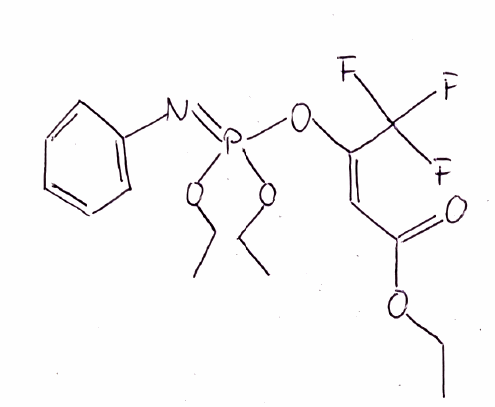
Simplified molecular-input line-entry system (SMILES) notation of the given molecule:
CCOC(=O)/C=C(\C(F)(F)F)/OP(=NC1=CC=CC=C1)(OCC)OCC